Some observations on the morphology and mechanism of the parts in the orthorrapha - Number 58
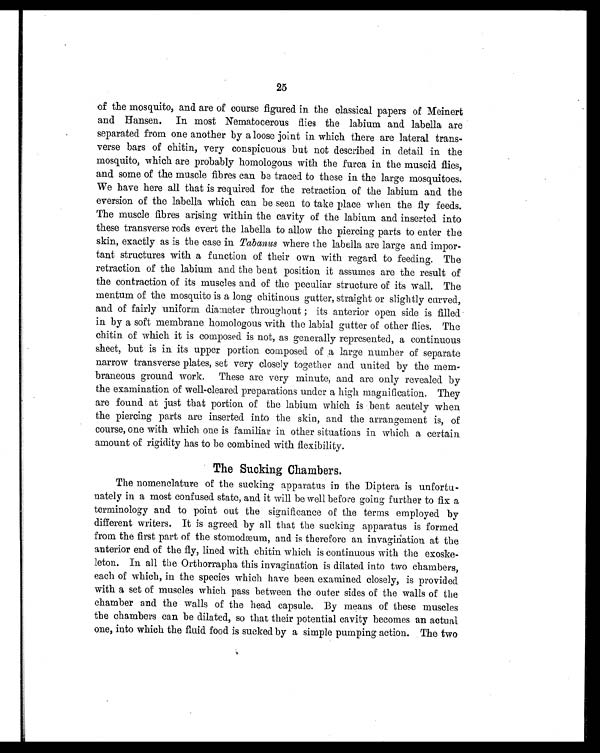
25
of the mosquito, and are of course figured in the classical papers of Meinert
and Hansen. In most Nematocerous flies the labium and labella are
separated from one another by a loose joint in which there are lateral trans-
verse bars of chitin, very conspicuous but not described in detail in the
mosquito, which are probably homologous with the furca in the muscid flies,
and some of the muscle fibres can be traced to these in the large mosquitoes.
We have here all that is required for the retraction of the labium and the
eversion of the labella which can be seen to take place when the fly feeds.
The muscle fibres arising within the cavity of the labium and inserted into
these transverse rods evert the labella to allow the piercing parts to enter the
skin, exactly as is the case in Tabanus where the labella are large and impor-
tant structures with a function of their own with regard to feeding. The
retraction of the labium and the bent position it assumes are the result of
the contraction of its muscles and of the peculiar structure of its wall. The
mentum of the mosquito is a long chitinous gutter, straight or slightly carved,
and of fairly uniform diameter throughout ; its anterior open side is filled
in by a soft membrane homologous with the labial gutter of other flies. The
chitin of which it is composed is not, as generally represented, a continuous
sheet, but is in its upper portion composed of a large number of separate
narrow transverse plates, set very closely together and united by the mem-
braneous ground work. These are very minute, and are only revealed by
the examination of well-cleared preparations under a high magnification. They
are found at just that portion of the labium which is bent acutely when
the piercing parts are inserted into the skin, and the arrangement is, of
course, one with which one is familiar in other situations in which a certain
amount of rigidity has to be combined with flexibility.
The Sucking Chambers.
The nomenclature of the sucking apparatus in the Diptera is unfortu-
nately in a most confused state, and it will be well before going further to fix a
terminology and to point out the significance of the terms employed by
different writers. It is agreed by all that the sucking apparatus is formed
from the first part of the stomodæum, and is therefore an invagination at the
anterior end of the fly, lined with chitin which is continuous with the exoske-
leton. In all the Orthorrapha this invagination is dilated into two chambers,
each of which, in the species which have been examined closely, is provided
with a set of muscles which pass between the outer sides of the walls of the
chamber and the walls of the head capsule. By means of these muscles
the chambers can be dilated, so that their potential cavity becomes an actual
one, into which the fluid food is sucked by a simple pumping action. The two